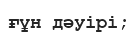
ғұн дәуірі;